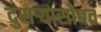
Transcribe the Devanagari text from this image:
दुसऱ्यासोबत